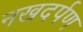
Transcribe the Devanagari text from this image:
नखदर्पण